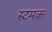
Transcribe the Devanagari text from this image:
स्टमक